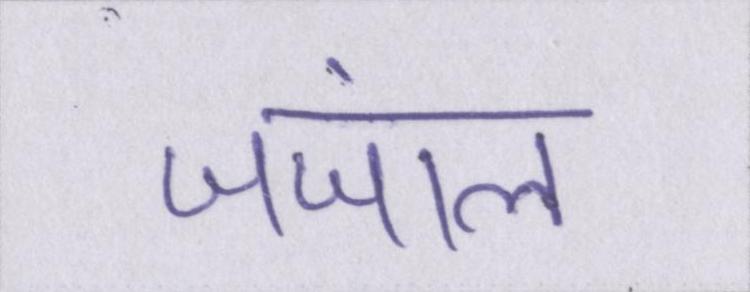
जंजाल